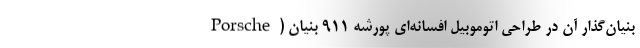
Porsche) بنیان‌گذار آن در طراحی اتوموبیل افسانه‌‌ای پورشه 911 بنیان